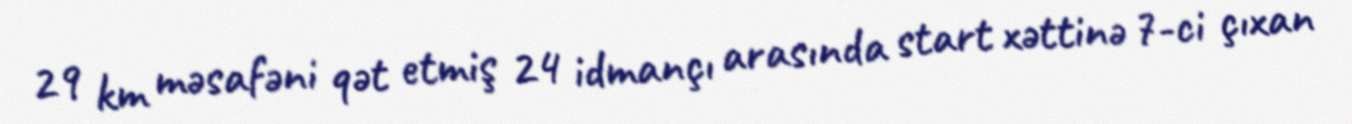
29 km məsafəni qət etmiş 24 idmançı arasında start xəttinə 7-ci çıxan